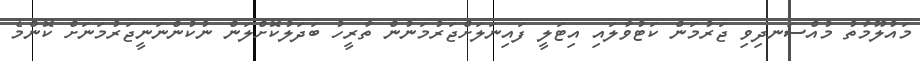
މައުލޫމާތު މުއްސަނދިވި ޖަރުމަން ކަޓުވާލައި އިޓަލީ ފައިނަލަށްޖަރުމަނުން ތާރީހު ބަދަލުކޮށްލަން ނުކުންނަނީޖަރުމަނަށް ކޮންމެ